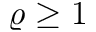
\varrho \ge 1